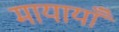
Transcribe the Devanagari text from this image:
मायायाँ